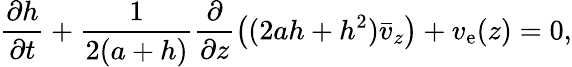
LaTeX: \frac{\partial h}{\partial t}+\frac{1}{2(a+h)}\frac{\partial}{\partial z}\left((2ah+h^{2})\bar{v}_{z}\right)+v_{\mathrm{e}}(z)=0,